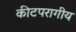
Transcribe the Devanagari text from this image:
कीटपरागीय